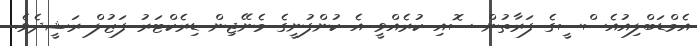
އެމްޑަބްލިއުއެސްސީގެ ފަރާތުން ސޮއި ކުރެއްވީ އެ ކުންފުނީގެ މެނޭޖިން ޑިރެކްޓަރު ފަޒުލް ރަޝީދެވެ.